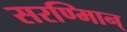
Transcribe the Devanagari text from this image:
सरण्मािन्‌